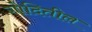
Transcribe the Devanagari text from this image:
गोदितील